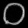
Digit: ၀